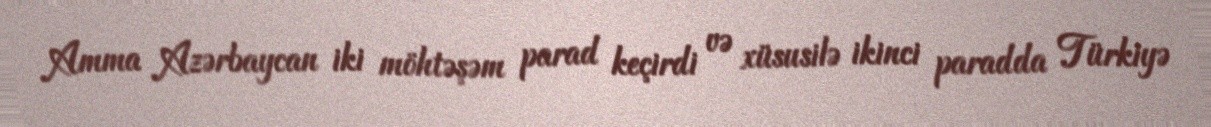
Amma Azərbaycan iki möhtəşəm parad keçirdi və xüsusilə ikinci paradda Türkiyə